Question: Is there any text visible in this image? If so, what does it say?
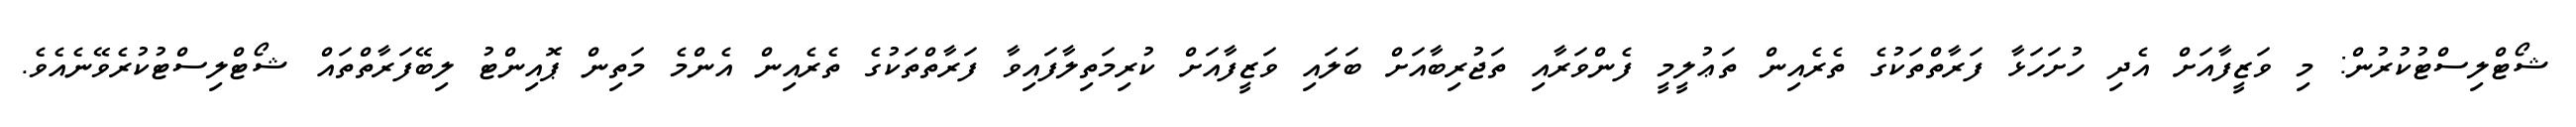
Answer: ޝޯޓްލިސްޓުކުރުން: މި ވަޒީފާއަށް އެދި ހުށަހަޅާ ފަރާތްތަކުގެ ތެރެއިން ތަޢުލީމީ ފެންވަރާއި ތަޖުރިބާއަށް ބަލައި ވަޒީފާއަށް ކުރިމަތިލާފައިވާ ފަރާތްތަކުގެ ތެރެއިން އެންމެ މަތިން ޕޮއިންޓު ލިބޭފަރާތްތައް ޝޯޓްލިސްޓުކުރެވޭނެއެވެ.